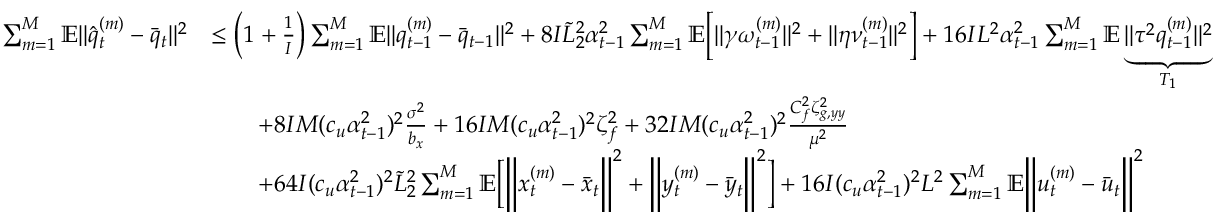
\begin{array} { r l } { \sum _ { m = 1 } ^ { M } \mathbb { E } \| \hat { q } _ { t } ^ { ( m ) } - \bar { q } _ { t } \| ^ { 2 } } & { \leq \bigg ( 1 + \frac { 1 } { I } \bigg ) \sum _ { m = 1 } ^ { M } \mathbb { E } \| q _ { t - 1 } ^ { ( m ) } - \bar { q } _ { t - 1 } \| ^ { 2 } + 8 I \tilde { L } _ { 2 } ^ { 2 } \alpha _ { t - 1 } ^ { 2 } \sum _ { m = 1 } ^ { M } \mathbb { E } \bigg [ \| \gamma \omega _ { t - 1 } ^ { ( m ) } \| ^ { 2 } + \| \eta \nu _ { t - 1 } ^ { ( m ) } \| ^ { 2 } \bigg ] + 1 6 I L ^ { 2 } \alpha _ { t - 1 } ^ { 2 } \sum _ { m = 1 } ^ { M } \mathbb { E } \underbrace { \| \tau ^ { 2 } q _ { t - 1 } ^ { ( m ) } \| ^ { 2 } } _ { T _ { 1 } } } \\ & { \qquad + 8 I M ( c _ { u } \alpha _ { t - 1 } ^ { 2 } ) ^ { 2 } \frac { \sigma ^ { 2 } } { b _ { x } } + 1 6 I M ( c _ { u } \alpha _ { t - 1 } ^ { 2 } ) ^ { 2 } \zeta _ { f } ^ { 2 } + 3 2 I M ( c _ { u } \alpha _ { t - 1 } ^ { 2 } ) ^ { 2 } \frac { C _ { f } ^ { 2 } \zeta _ { g , y y } ^ { 2 } } { \mu ^ { 2 } } } \\ & { \qquad + 6 4 I ( c _ { u } \alpha _ { t - 1 } ^ { 2 } ) ^ { 2 } \tilde { L } _ { 2 } ^ { 2 } \sum _ { m = 1 } ^ { M } \mathbb { E } \bigg [ \bigg \| x _ { t } ^ { ( m ) } - \bar { x } _ { t } \bigg \| ^ { 2 } + \bigg \| y _ { t } ^ { ( m ) } - \bar { y } _ { t } \bigg \| ^ { 2 } \bigg ] + 1 6 I ( c _ { u } \alpha _ { t - 1 } ^ { 2 } ) ^ { 2 } L ^ { 2 } \sum _ { m = 1 } ^ { M } \mathbb { E } \bigg \| u _ { t } ^ { ( m ) } - \bar { u } _ { t } \bigg \| ^ { 2 } } \end{array}